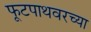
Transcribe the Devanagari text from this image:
फूटपाथवरच्या